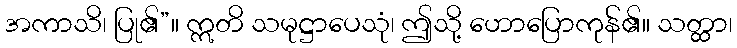
အကာသိ၊ ပြု၏”။ ဣတိ သမုဋ္ဌာပေသုံ၊ ဤသို့ ဟောပြောကုန်၏။ သတ္ထာ၊